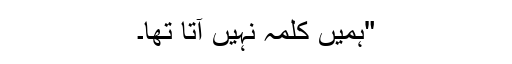
"ہمیں کلمہ نہیں آتا تھا۔